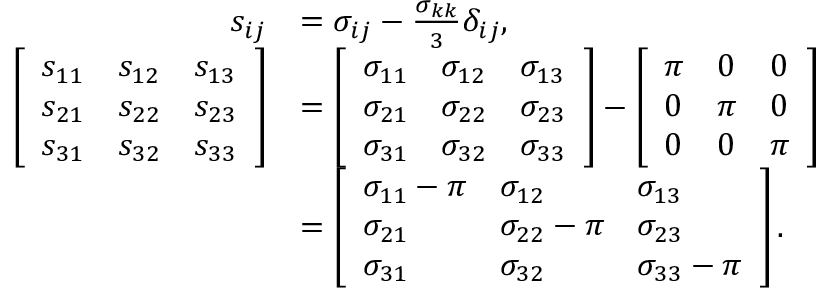
{ \begin{array} { r l } { s _ { i j } } & { = \sigma _ { i j } - { \frac { \sigma _ { k k } } { 3 } } \delta _ { i j } , \, } \\ { \left[ { \begin{array} { l l l } { s _ { 1 1 } } & { s _ { 1 2 } } & { s _ { 1 3 } } \\ { s _ { 2 1 } } & { s _ { 2 2 } } & { s _ { 2 3 } } \\ { s _ { 3 1 } } & { s _ { 3 2 } } & { s _ { 3 3 } } \end{array} } \right] } & { = \left[ { \begin{array} { l l l } { \sigma _ { 1 1 } } & { \sigma _ { 1 2 } } & { \sigma _ { 1 3 } } \\ { \sigma _ { 2 1 } } & { \sigma _ { 2 2 } } & { \sigma _ { 2 3 } } \\ { \sigma _ { 3 1 } } & { \sigma _ { 3 2 } } & { \sigma _ { 3 3 } } \end{array} } \right] - \left[ { \begin{array} { l l l } { \pi } & { 0 } & { 0 } \\ { 0 } & { \pi } & { 0 } \\ { 0 } & { 0 } & { \pi } \end{array} } \right] } \\ & { = \left[ { \begin{array} { l l l } { \sigma _ { 1 1 } - \pi } & { \sigma _ { 1 2 } } & { \sigma _ { 1 3 } } \\ { \sigma _ { 2 1 } } & { \sigma _ { 2 2 } - \pi } & { \sigma _ { 2 3 } } \\ { \sigma _ { 3 1 } } & { \sigma _ { 3 2 } } & { \sigma _ { 3 3 } - \pi } \end{array} } \right] . } \end{array} }